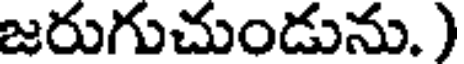
జరుగుచుండును. )